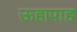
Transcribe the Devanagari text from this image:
ऊहापाह